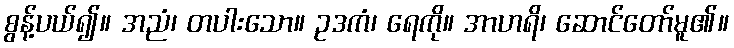
စွန့်ပယ်၍။ အညံ၊ တပါးသော။ ဥဒကံ၊ ရေကို။ အာဟရိ၊ ဆောင်တော်မူ၏။